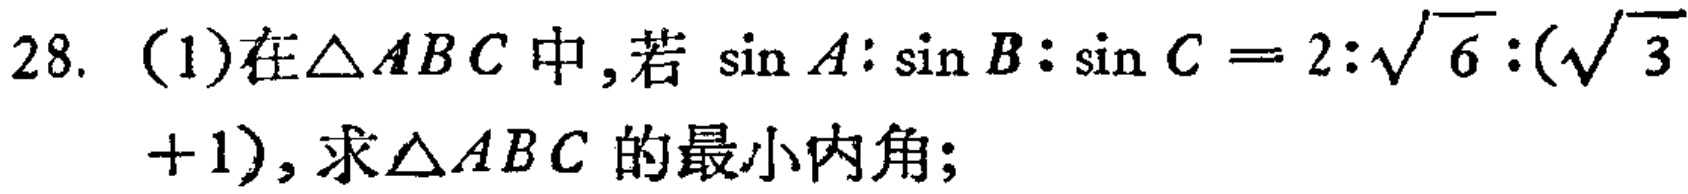
28. (1)在\(\triangle ABC\)中，若\(\sin A:\sin B:\sin C = 2:\sqrt{6}:(\sqrt{3}+1)\)，求\(\triangle ABC\)的最小内角；